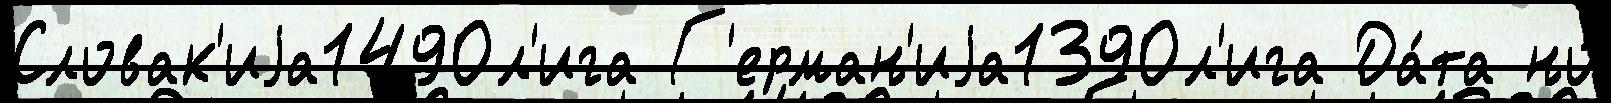
Словак'иjа1490л'ига Г'ерман'иjа1390л'ига Да́та но